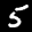
Label: 5